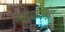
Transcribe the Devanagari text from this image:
माध्यामांतून